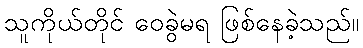
သူကိုယ်တိုင် ဝေခွဲမရ ဖြစ်နေခဲ့သည်။